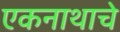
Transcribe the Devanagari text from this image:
एकनाथाचे